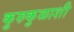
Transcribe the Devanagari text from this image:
कुरुकुळाशी